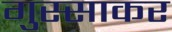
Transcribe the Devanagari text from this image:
गुस्साकर